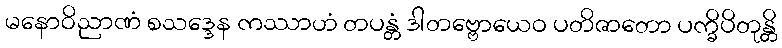
မနောဝိညာဏံ စသဒ္ဒေန ကဿာဟံ တပန္တံ ဒါတဗ္ဗောယေဝ ပတိဇာတော ပက္ခိပိတုန္တိ